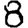
Digit: 8